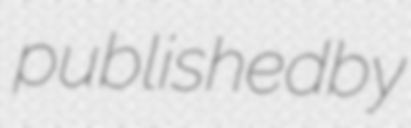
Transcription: published by